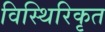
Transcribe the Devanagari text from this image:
विस्थिरिकृत